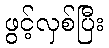
ဖွင့်လှစ်ပြီး